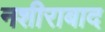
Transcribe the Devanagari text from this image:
नशीराबाद